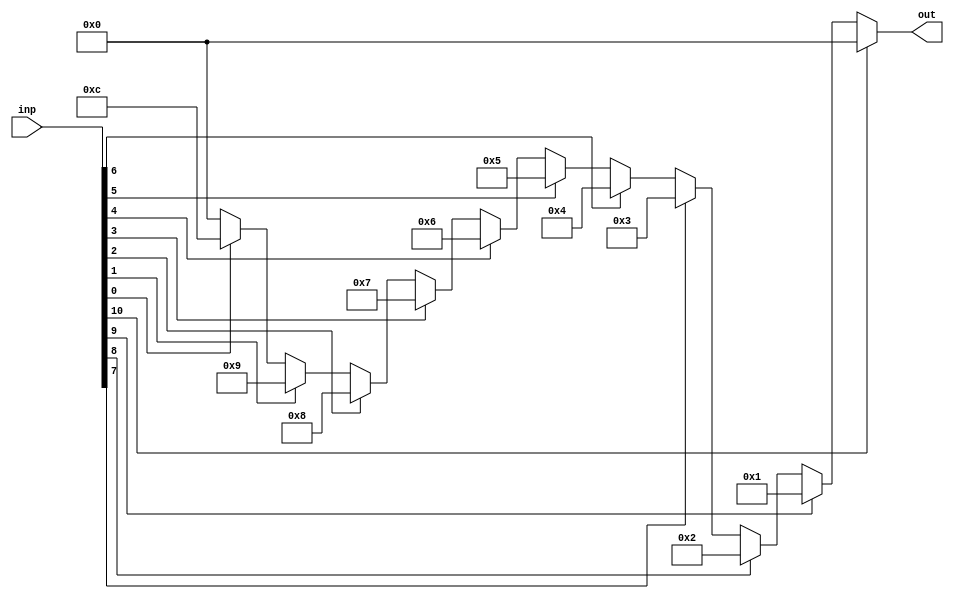
module lead1_detector(inp,out);

input [10:0]inp;
output [3:0]out;

assign out=(inp[10])?4'b0000:
		(inp[9])?4'b0001:
		(inp[8])?4'b0010:
		(inp[7])?4'b0011:
		(inp[6])?4'b0100:
		(inp[5])?4'b0101:
		(inp[4])?4'b0110:
		(inp[3])?4'b0111:
		(inp[2])?4'b1000:
		(inp[1])?4'b1001:
		(inp[0])?4'b1100:4'b0000;

endmodule